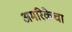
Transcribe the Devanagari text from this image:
अमरिकेचा